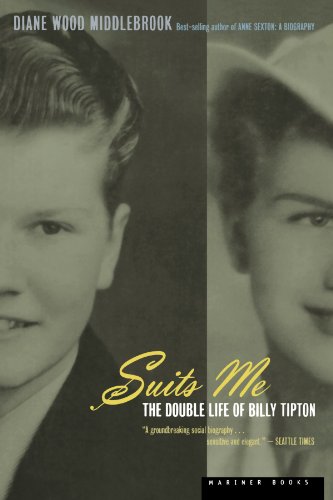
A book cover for Suits Me: The Double Life of Billy Tipton; Diane Wood Middlebrook; Gay & Lesbian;